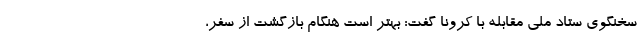
سخنگوی ستاد ملی مقابله با کرونا گفت: بهتر است هنگام بازگشت از سفر،